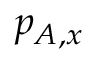
p _ { { A , x } }